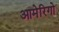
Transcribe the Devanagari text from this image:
आमेरिगो